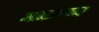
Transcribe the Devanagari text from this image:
आराधन्य